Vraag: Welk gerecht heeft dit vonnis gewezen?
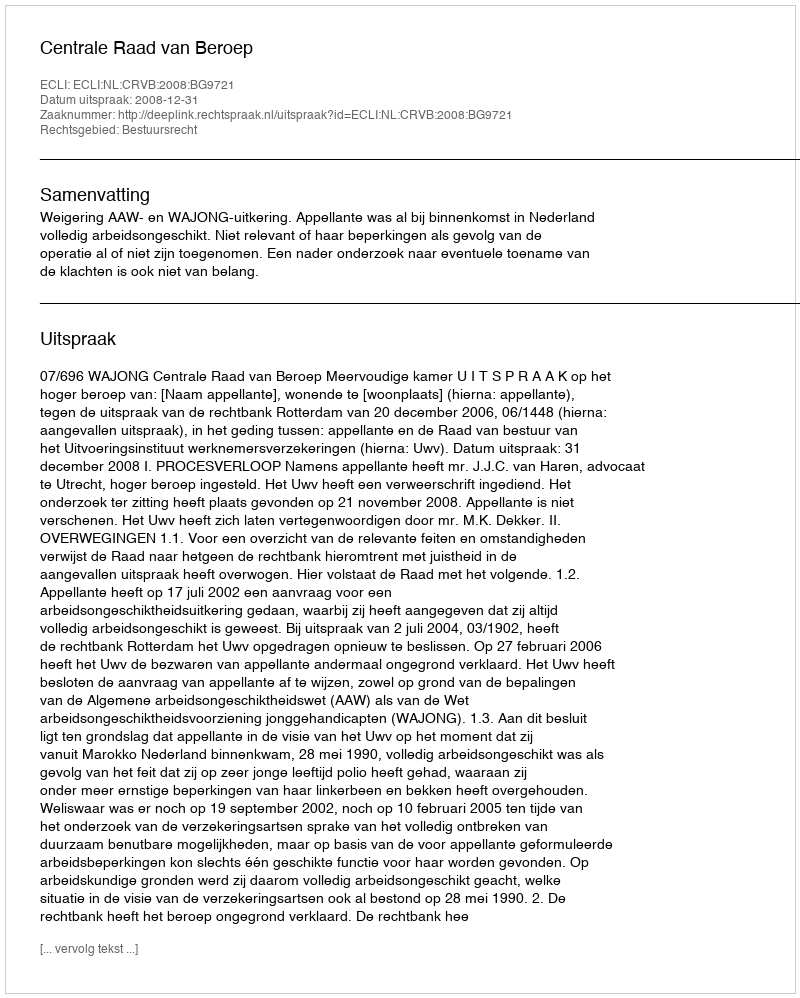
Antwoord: Centrale Raad van Beroep